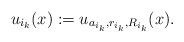
LaTeX: \begin{align*}u_{i_k}(x):=u_{a_{i_k},r_{i_k},R_{i_k}}(x).\end{align*}